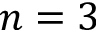
n = 3